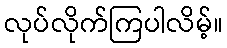
လုပ်လိုက်ကြပါလိမ့်။